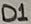
Text: D1